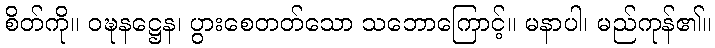
စိတ်ကို။ ဝဍ္ဎနဋ္ဌေန၊ ပွားစေတတ်သော သဘောကြောင့်။ မနာပါ၊ မည်ကုန်၏။